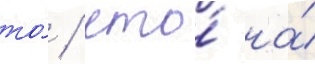
то́ / что́ на́